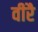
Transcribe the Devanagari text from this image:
वीरै